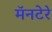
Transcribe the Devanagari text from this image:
मॅनटेरे